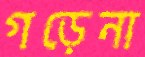
গড়েনা